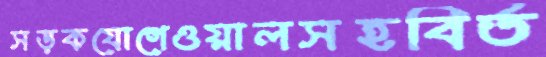
সড়কযোগেওয়ালসহবির্ত